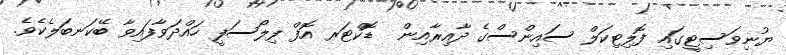
ޔުނިވަސިޓީގައި ފޮލިޓިކަލް ސައިންސްގެ ދާއިރާއިން  ޑޮކްޓަރ އޮފް ފިލޯސަފީ ހައްދަވާފައިވާ ބޭކަނބަލެކެވެ.